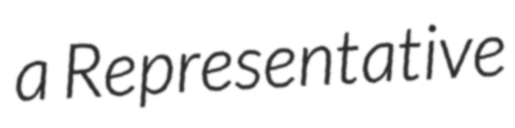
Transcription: a Representative